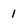
Character: 1